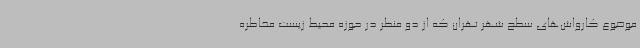
موضوع کارواش‌های سطح شهر تهران که از دو منظر در حوزه محیط زیست مخاطره